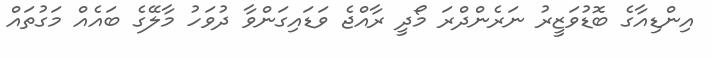
އިންޑިއާގެ ބޮޑުވަޒީރު ނަރެންދްރަ މޯދީ ރާއްޖެ ވަޑައިގަންވާ ދުވަހު މާލޭގެ ބައެއް މަގުތައް